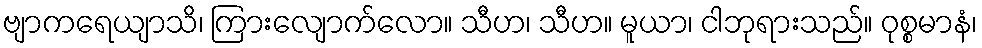
ဗျာကရေယျာသိ၊ ကြားလျောက်လော။ သီဟ၊ သီဟ။ မူယာ၊ ငါဘုရားသည်။ ဝုစ္စမာနံ၊